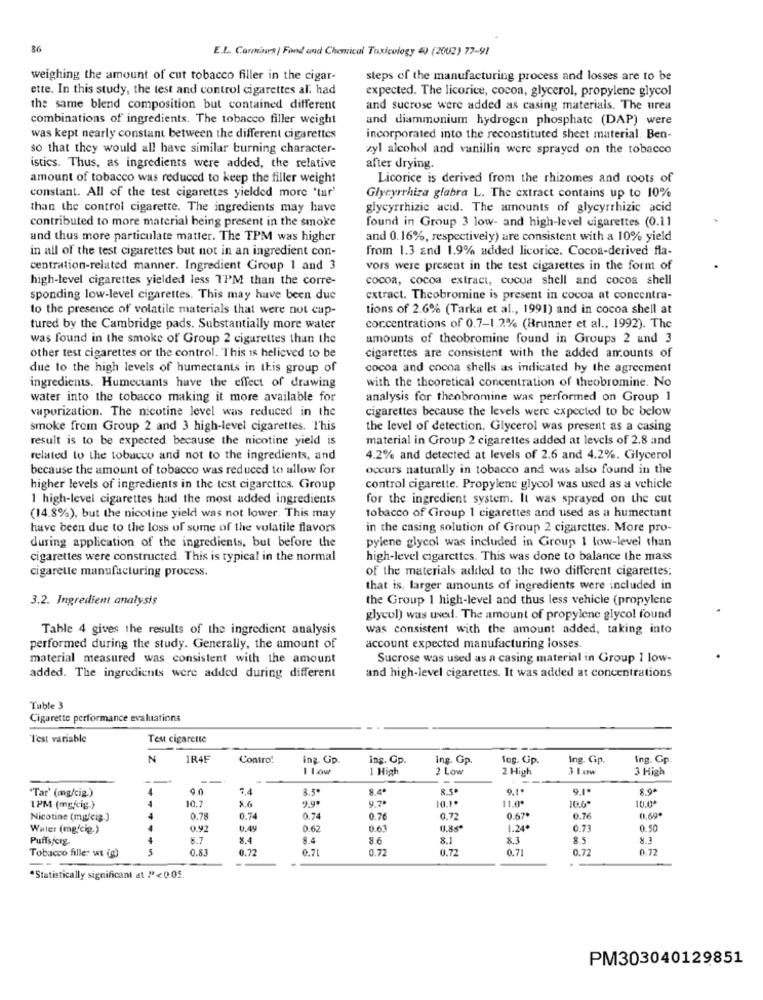
86
E.L. Carmines | Fond and Chemical Toxicology 40 (2002) 77-91
weighing the amount of cut tobacco filler in the cigar-
steps of the manufacturing process and losses are to be
ette. In this study, the test and control cigarettes al, had
expected. The licorice, cocoa, glycerol, propylene glycol
the same blend composition but contained different
and sucrose were added as casing materials. The urea
combinations of ingredients. The tobacco filler weight
and diammonium hydrogen phosphate (DAP) were
was kept nearly constant between the different cigarettes
incorporated into the reconstituted sheet material. Ben-
so that they would all have similar burning character-
zyl alcohol and vanillin were sprayed on the tobacco
istics. Thus, as ingredients were added, the relative
after drying.
amount of tobacco was reduced to keep the filler weight
Licorice is derived from the rhizomes and roots of
constant. All of the test cigarettes yielded more 'tar'
Glycyrrhiza glabra L. The extract contains up to 10%
than the control cigarette. The ingredients may have
glycyrrhizic acid. The amounts of glycyrrhizic acid
contributed to more material being present in the smoke
found in Group 3 low- and high-level cigarettes (0.11
and thus more particulate matter. The TPM was higher
and 0.16%, respectively) are consistent with a 10% yield
in all of the test cigarettes but not in an ingredient con-
from 1.3 and 1.9% added licorice. Cocoa-derived fla-
centration-related manner. Ingredient Group 1 and 3
vors were present in the test cigarettes in the form of
high-level cigarettes yielded less TPM than the corre-
cocoa, cocoa extract, cocoa shell and cocoa shell
sponding low-level cigarettes. This may have been due
extract. Theobromine is present in cocoa at concentra-
to the presence of volatile materials that were not cup-
tions of 2.6% (Tarka et al ., 1991) and in cocoa shell at
tured by the Cambridge pads. Substantially more water
concentrations of 0.7-1.2% (Brunner et al ., 1992). The
was found in the smoke of Group 2 cigarettes than the
amounts of theobromine found in Groups 2 and 3
other test cigarettes or the control. This is believed to be
cigarettes are consistent with the added amounts of
due to the high levels of humectants in this group of
cocoa and cocoa shells as indicated by the agreement
ingredients. Humectants have the effect of drawing
with the theoretical concentration of theobromine. No
water into the tobacco making it more available for
analysis for theobromine was performed on Group 1
vaporization. The nicotine level was reduced in the
cigarettes because the levels were expected to be below
smoke from Group 2 and 3 high-level cigarettes. This
the level of detection. Glycerol was present as a casing
result is to be expected because the nicotine yield is
material in Group 2 cigarettes added at levels of 2.8 and
related to the tobacco and not to the ingredients, and
4.2% and detected at levels of 2.6 and 4.2%. Glycerol
because the amount of tobacco was reduced to allow for
occurs naturally in tobacco and was also found in the
higher levels of ingredients in the test cigarettes. Group
control cigarette. Propylene glycol was used as a vehicle
1 high-level cigarettes had the most added ingredients
for the ingredient system. It was sprayed on the cut
(14.8%), but the nicotine yield was not lower. This may
tobacco of Group 1 cigarettes and used as a humectant
have been due to the loss of some of the volatile flavors
in the casing solution of Group 2 cigarettes. More pro-
during application of the ingredients, but before the
pylene glycol was included in Group 1 low-level than
cigarettes were constructed. This is typical in the normal
high-level cigarettes. This was done to balance the mass
cigarette manufacturing process.
of the materials added to the two different cigarettes;
that is, larger amounts of ingredients were included in
3.2. Ingredient analysis
the Group 1 high-level and thus less vehicle (propylene
glycol) was used. The amount of propylene glycol found
Table 4 gives the results of the ingredient analysis
was consistent with the amount added, taking into
performed during the study. Generally, the amount of
account expected manufacturing losses.
material measured was consistent with the amount
Sucrose was used as a casing material in Group I low-
added. The ingredients were added during different
and high-level cigarettes. It was added at concentrations
Tuble 3
Cigarette performance evaluations
"T'est variable
Test cigarette
N
1R45
Contro!
Ing Gip
ing. Gp
ing. Gp.
fog. Gp.
Ing. Gp.
Ing. Gp
1 High
2 Low
2 High
3 1.ow
3 High
-
"Tar' (mg/cig.)
0.0
7.4
3.5%
8.4ª
8.5º
9.1.
8.9+
A
8.6
9.9.
9.7º
10.1.
11.0*
10.6
10.0ª
1PM (mgkig.)
10.7
Nicotine (mg/cig.)
0.78
0.74
0.74
0.76
0.72
0.67+
0.76
0,69*
Water (mg(cig.)
4
0.92
0.49
0.62
0.63
1.24
0.73
0.50
Puffsfcrg.
4
8.7
8.4
8.4
8.6
8.1
8.3
8.5
Tobacco fille- wt (g)
0.83
0.72
6.71
0.72
0.72
0.71
0.72
0.72
*Statistically significant at "<0.05.
PM303040129851